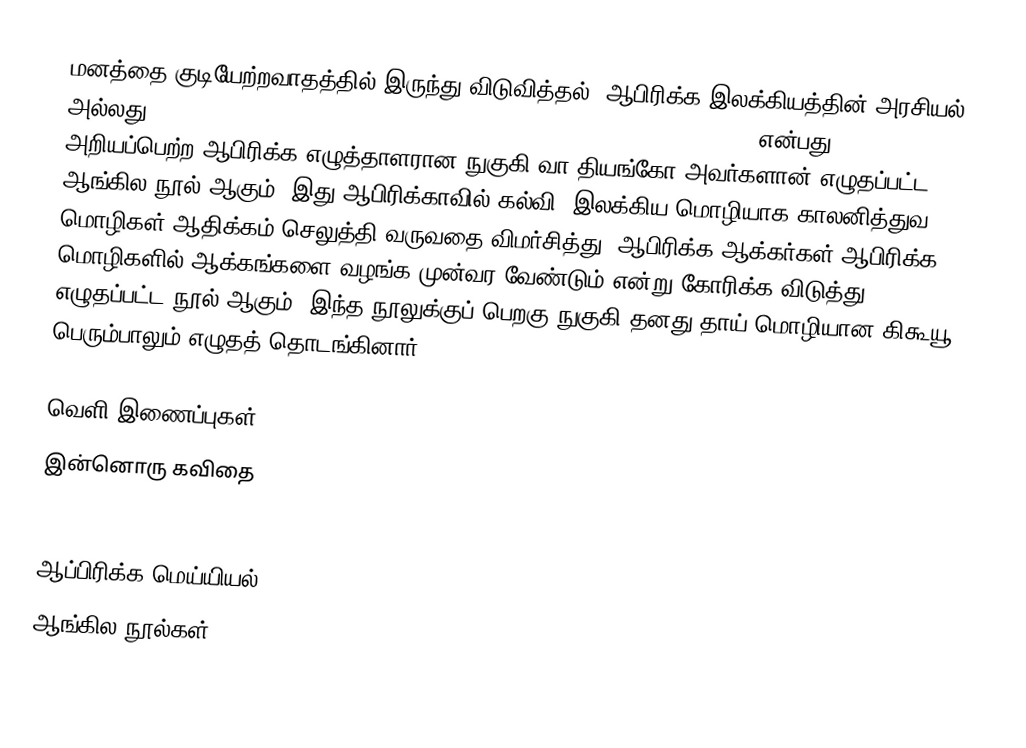
மனத்தை குடியேற்றவாதத்தில் இருந்து விடுவித்தல்: ஆபிரிக்க இலக்கியத்தின் அரசியல் அல்லது Decolonising the Mind: The Politics of Language in African Literature என்பது அறியப்பெற்ற ஆபிரிக்க எழுத்தாளரான நுகுகி வா தியங்கோ அவர்களான் எழுதப்பட்ட ஆங்கில நூல் ஆகும்.  இது ஆபிரிக்காவில் கல்வி, இலக்கிய மொழியாக காலனித்துவ மொழிகள் ஆதிக்கம் செலுத்தி வருவதை விமர்சித்து, ஆபிரிக்க ஆக்கர்கள் ஆபிரிக்க மொழிகளில் ஆக்கங்களை வழங்க முன்வர வேண்டும் என்று கோரிக்க விடுத்து எழுதப்பட்ட நூல் ஆகும்.  இந்த நூலுக்குப் பெறகு நுகுகி தனது தாய் மொழியான கிகூயூ பெரும்பாலும் எழுதத் தொடங்கினார்.

வெளி இணைப்புகள்
 இன்னொரு கவிதை
 Ngugi Wa Thiongo and Chinue Achebe on the Politics of Language and Literature in Africa

ஆப்பிரிக்க மெய்யியல்
ஆங்கில நூல்கள்